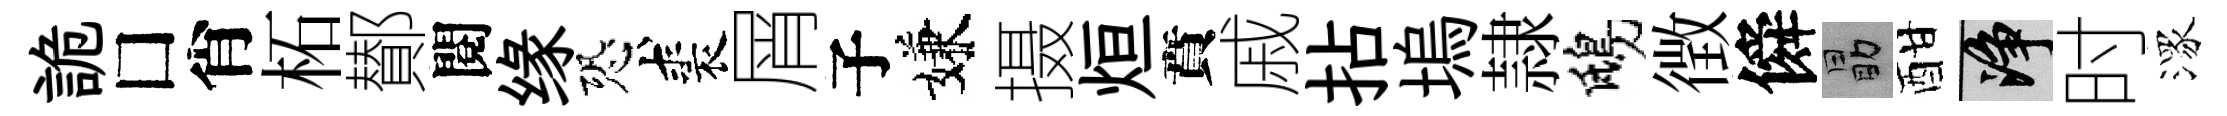
詭□肖柘鄼閱缘恐裘屑子嫌摄烜賁戚拈塢隷鴟徴僢勗酣净时潈